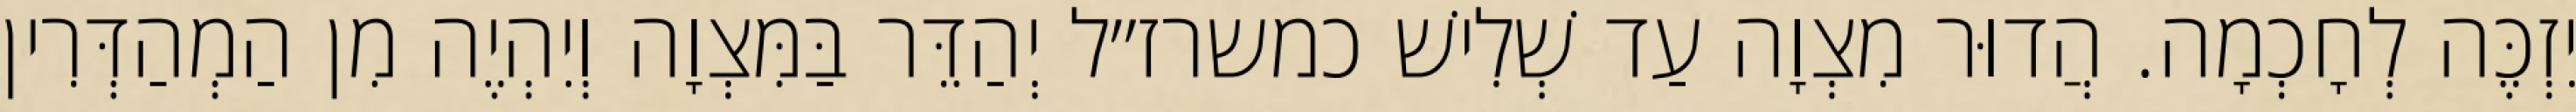
יִזְכֶּה לְחָכְמָה. הֲדוּר מִצְוָה עַד שְׁלִישׁ כמשרז״ל יְהַדֵּר בַּמִּצְוָה וְיִהְיֶה מִן הַמְהַדְּרִין